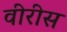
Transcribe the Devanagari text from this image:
वीरीस